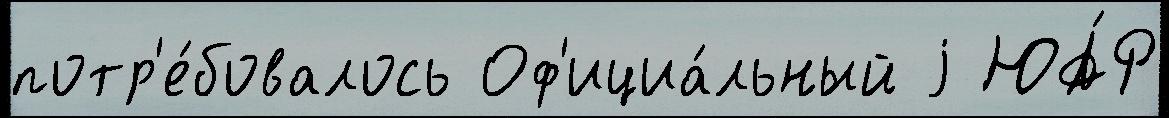
потр'е́бовалось Оф'ициа́льный j ЮА́Р